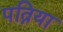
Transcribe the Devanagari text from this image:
पत्निया